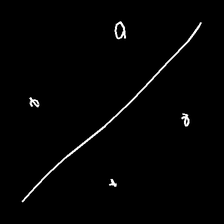
Glyph: cool